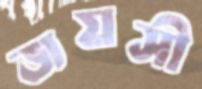
জয়সী